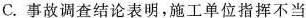
C.事故调查结论表明，施工单位指挥不当